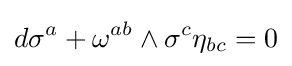
d\sigma ^{a}+\omega ^{ab}\wedge \sigma ^{c}\eta _{bc}=0